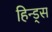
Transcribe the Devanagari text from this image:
हिन्ड्स